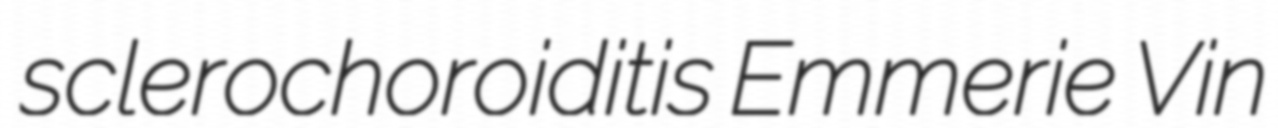
sclerochoroiditis Emmerie Vin